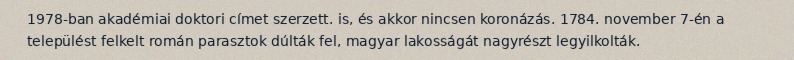
1978-ban akadémiai doktori címet szerzett. is, és akkor nincsen koronázás. 1784. november 7-én a települést felkelt román parasztok dúlták fel, magyar lakosságát nagyrészt legyilkolták.